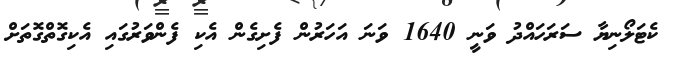
ކެޓަލޯނިޔާ ސަރަހައްދު ވަނީ 1640 ވަނަ އަހަރުން ފެށިގެން އެކި ފެންވަރުގައި އެކިގޮތްގޮތަށް